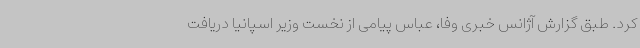
کرد. طبق گزارش آژانس خبری وفا، عباس پیامی از نخست وزیر اسپانیا دریافت